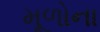
મૂળોના